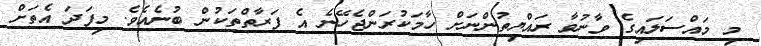
މި މައްސަލައިގެ ވާނުވާ ރައްޔިތުންނަށް ހާމަކުރަންޖެހޭނެ އެ ފަރާތްތަކުން ބުނެއެވެ. މިފަދަ އެތަށް